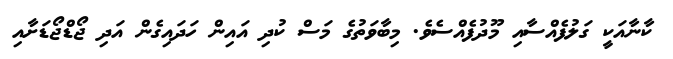
ކާނާއަކީ ގަލުފެއްސާއި މޫދުފެއްސެވެ. މިބާވަތުގެ މަސް ކުދި އައިން ހަދައިގެން އަދި ޖޯޑްޖޯޑަށާއި